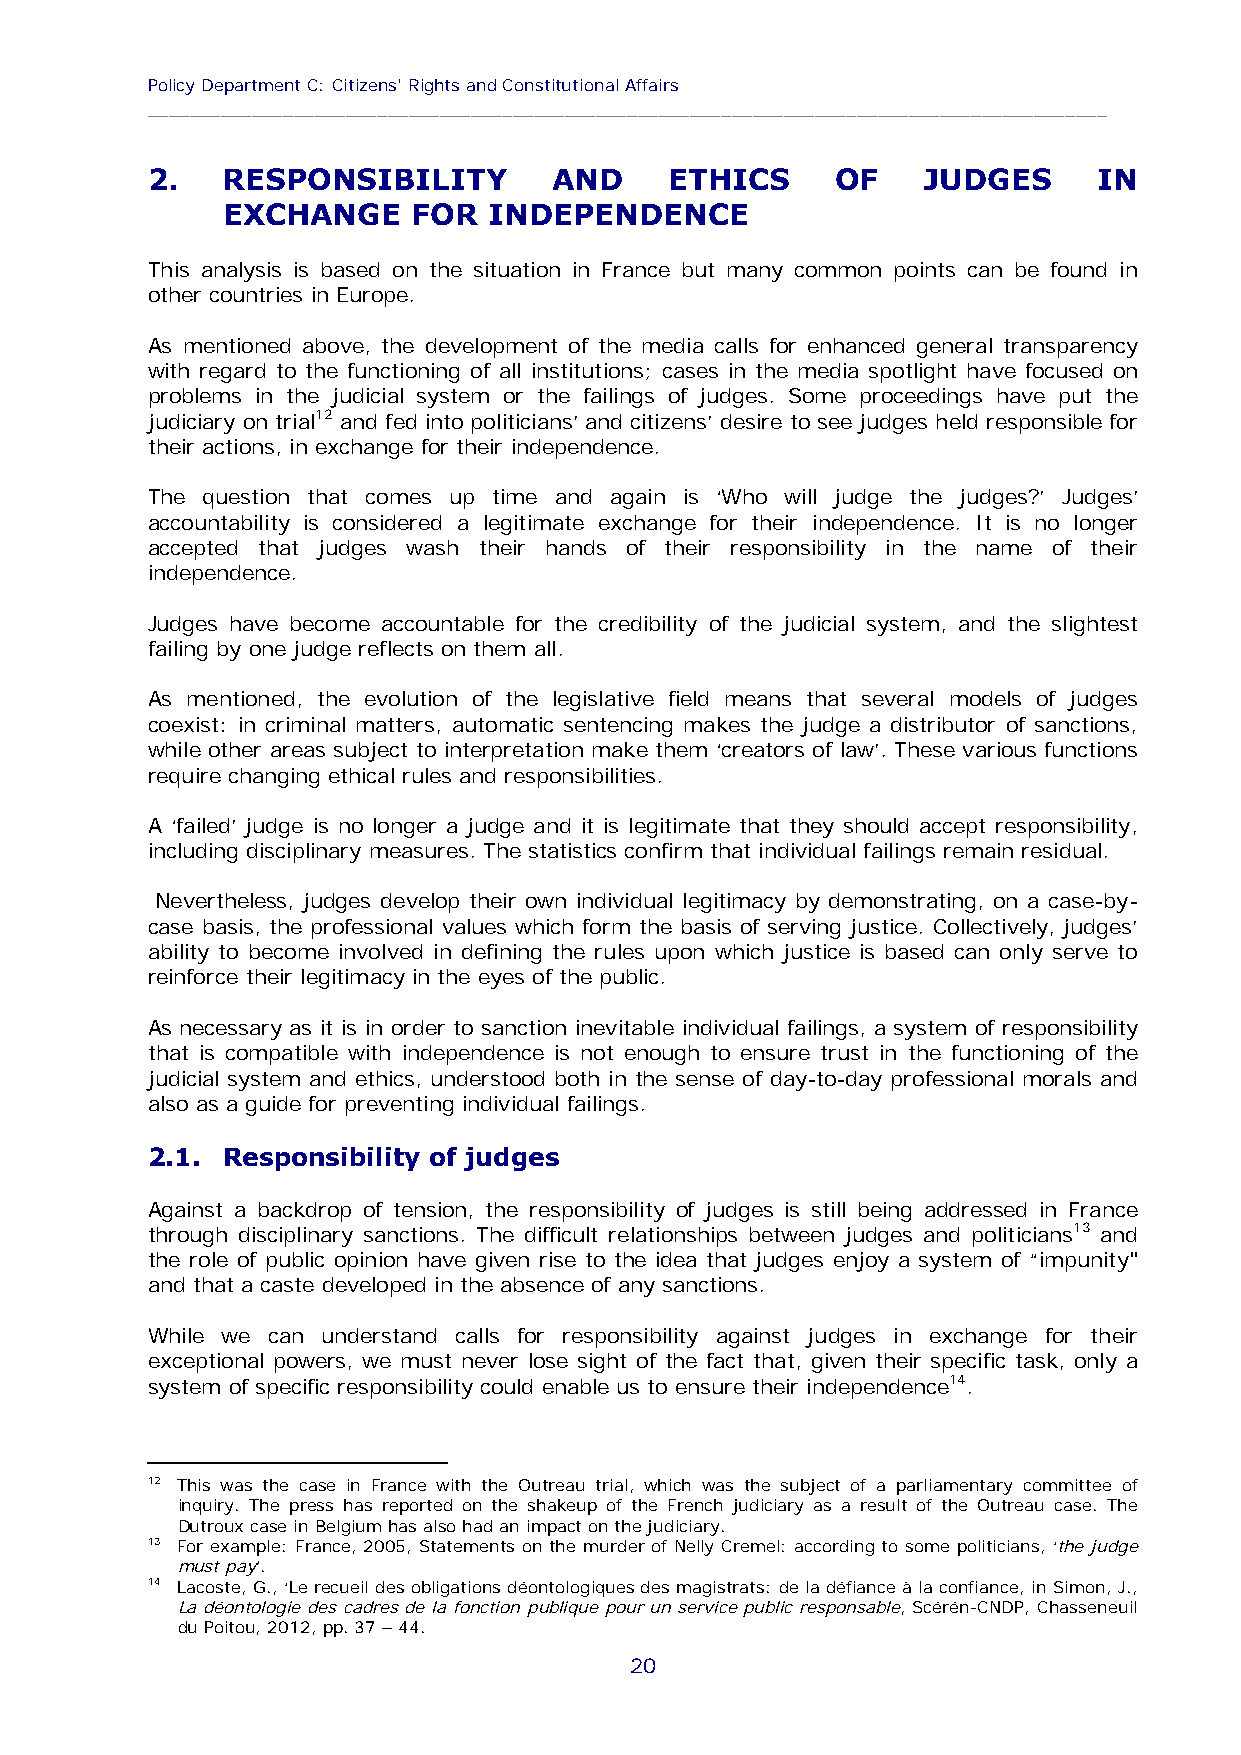
Policy Department C: Citizens' Rights and Constitutional Affairs
 ____________________________________________________________________________________________
 2.   RESPONSIBILITY        AND    ETHICS     OF    JUDGES      IN
 EXCHANGE    FOR  INDEPENDENCE
 This analysis is based on the situation in France but many common points can be found in
 other countries in Europe.
 As mentioned above, the development of the media calls for enhanced general transparency
 with regard to the functioning of all institutions; cases in the media spotlight have focused on
 problems in the judicial system or the failings of judges. Some proceedings have put the
 judiciary on trial12 and fed into politicians’ and citizens’ desire to see judges held responsible for
 their actions, in exchange for their independence.
 The question that comes up time and again is ‘Who will judge the judges?’ Judges’
 accountability is considered a legitimate exchange for their independence. It is no longer
 accepted that judges wash their hands of their responsibility in the name of their
 independence.
 Judges have become accountable for the credibility of the judicial system, and the slightest
 failing by one judge reflects on them all.
 As mentioned, the evolution of the legislative field means that several models of judges
 coexist: in criminal matters, automatic sentencing makes the judge a distributor of sanctions,
 while other areas subject to interpretation make them ‘creators of law’. These various functions
 require changing ethical rules and responsibilities.
 A ‘failed’ judge is no longer a judge and it is legitimate that they should accept responsibility,
 including disciplinary measures. The statistics confirm that individual failings remain residual.
 Nevertheless, judges develop their own individual legitimacy by demonstrating, on a case-by-
 case basis, the professional values which form the basis of serving justice. Collectively, judges’
 ability to become involved in defining the rules upon which justice is based can only serve to
 reinforce their legitimacy in the eyes of the public.
 As necessary as it is in order to sanction inevitable individual failings, a system of responsibility
 that is compatible with independence is not enough to ensure trust in the functioning of the
 judicial system and ethics, understood both in the sense of day-to-day professional morals and
 also as a guide for preventing individual failings.
 2.1. Responsibility of judges
 Against a backdrop of tension, the responsibility of judges is still being addressed in France
 through disciplinary sanctions. The difficult relationships between judges and politicians13 and
 the role of public opinion have given rise to the idea that judges enjoy a system of “impunity"
 and that a caste developed in the absence of any sanctions.
 While we can understand calls for responsibility against judges in exchange for their
 exceptional powers, we must never lose sight of the fact that, given their specific task, only a
 system of specific responsibility could enable us to ensure their independence14.
 12 This was the case in France with the Outreau trial, which was the subject of a parliamentary committee of
 inquiry. The press has reported on the shakeup of the French judiciary as a result of the Outreau case. The
 Dutroux case in Belgium has also had an impact on the judiciary.
 13 For example: France, 2005, Statements on the murder of Nelly Cremel: according to some politicians, ‘the judge
 must pay’.
 14 Lacoste, G., ‘Le recueil des obligations déontologiques des magistrats: de la défiance à la confiance, in Simon, J.,
 La déontologie des cadres de la fonction publique pour un service public responsable, Scérén-CNDP, Chasseneuil
 du Poitou, 2012, pp. 37 – 44.
 20